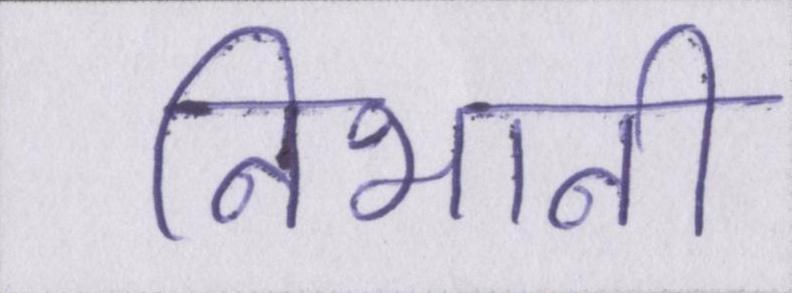
निभानी